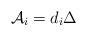
LaTeX: \begin{align*}\mathcal{A}_{i}=d_{i}\Delta \end{align*}